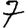
Digit: 7